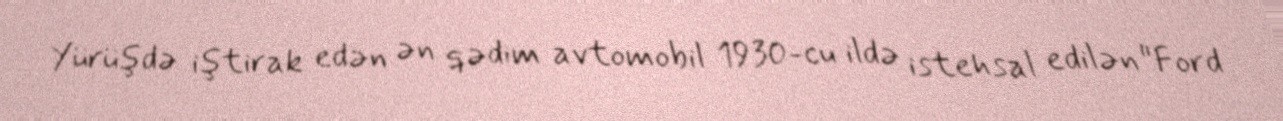
Yürüşdə iştirak edən ən qədim avtomobil 1930-cu ildə istehsal edilən "Ford